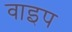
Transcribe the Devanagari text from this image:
वाइप